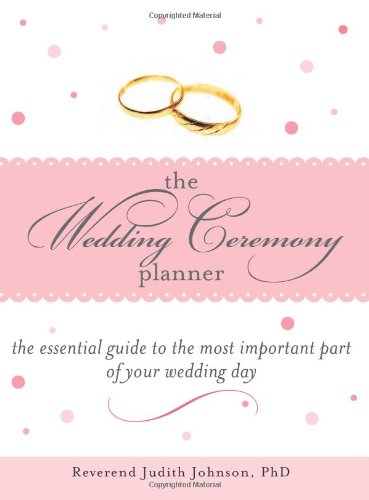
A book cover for The Wedding Ceremony Planner: The Essential Guide to the Most Important Part of Your Wedding Day; Judith Johnson; Crafts, Hobbies & Home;